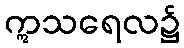
ဣသရေလ၌